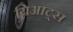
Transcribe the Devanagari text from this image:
यिआट्स